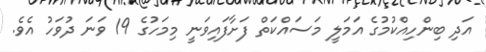
އަދި ބިންހިއްކުމުގެ އަމަލީ މަސައްކަތް ފަށާފައިވަނީ މިމަހުގެ 19 ވަނަ ދުވަހު އެވެ.